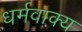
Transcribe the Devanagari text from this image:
धर्मवाक्य